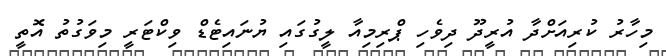
މިހާރު ކުރިއަށްދާ އުރީދޫ ދިވެހި ޕްރިމިއާ ލީގުގައި ޔުނައިޓެޑް ވިކްޓަރީ މިވަގުތު އޮތީ